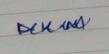
Signature authenticity: genuine